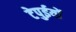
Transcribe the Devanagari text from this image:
टेपुईयों